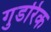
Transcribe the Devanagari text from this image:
गुडरिक